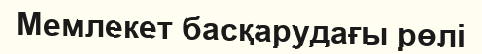
Мемлекет басқарудағы рөлі